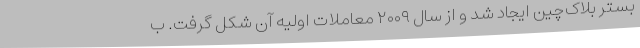
بستر بلاک‌چین ایجاد شد و از سال ۲۰۰۹ معاملات اولیه آن شکل گرفت. ب